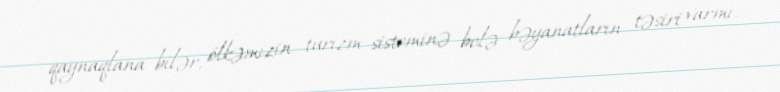
qaynaqlana bilər, ölkəmizin turizm sisteminə belə bəyanatların təsiri varmı,